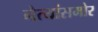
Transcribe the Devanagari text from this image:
नेत्यांसमोर